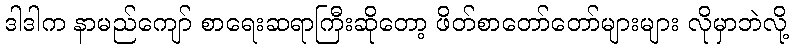
ဒါဒါက နာမည်ကျော် စာရေးဆရာကြီးဆိုတော့ ဖိတ်စာတော်တော်များများ လိုမှာဘဲလို့